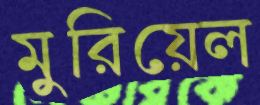
মুরিয়েল